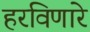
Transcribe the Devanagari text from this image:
हरविणारे